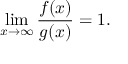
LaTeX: \operatorname* { l i m } _ { x \to \infty } { \frac { f ( x ) } { g ( x ) } } = 1 .